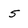
Character: 5